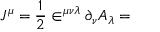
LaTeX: J ^ { \mu } = \frac 1 2 \in ^ { \mu \nu \lambda } \partial _ { \nu } A _ { \lambda } =